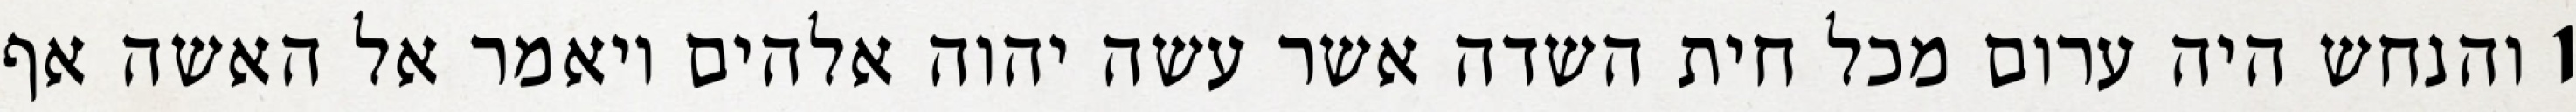
1 והנחש היה ערום מכל חית השדה אשר עשה יהוה אלהים ויאמר אל האשה אף